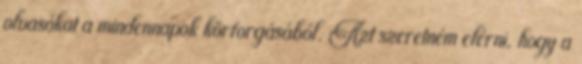
olvasókat a mindennapok körforgásából. Azt szeretném elérni, hogy a